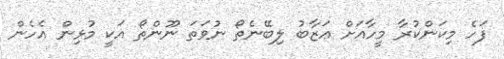
ފަހެ މިކަންކުރާ މީހާއަށް ޢަޒާބު ލިބޭނެތޯ ނުވަތަ ނޫންތޯ އަކީ މުޅިން އެހެން